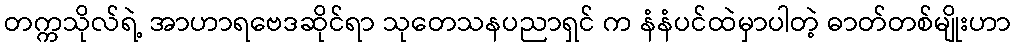
တက္ကသိုလ်ရဲ့ အာဟာရဗေဒဆိုင်ရာ သုတေသနပညာရှင် က နံနံပင်ထဲမှာပါတဲ့ ဓာတ်တစ်မျိုးဟာ